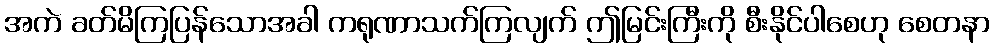
အကဲ ခတ်မိကြပြန်သောအခါ ကရုဏာသက်ကြလျက် ဤမြင်းကြီးကို စီးနိုင်ပါစေဟု စေတနာ